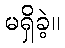
မရှိခဲ့။